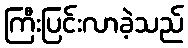
ကြီးပြင်းလာခဲ့သည်